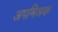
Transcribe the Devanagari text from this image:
अपमिश्रक